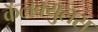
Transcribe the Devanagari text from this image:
कॅलक्युलस